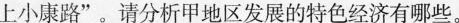
上小康路”。请分析甲地区发展的特色经济有哪些。